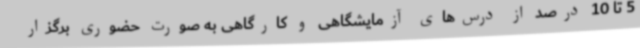
5 تا 10 درصد از درس‌های آزمایشگاهی و کارگاهی به صورت حضوری برگزار